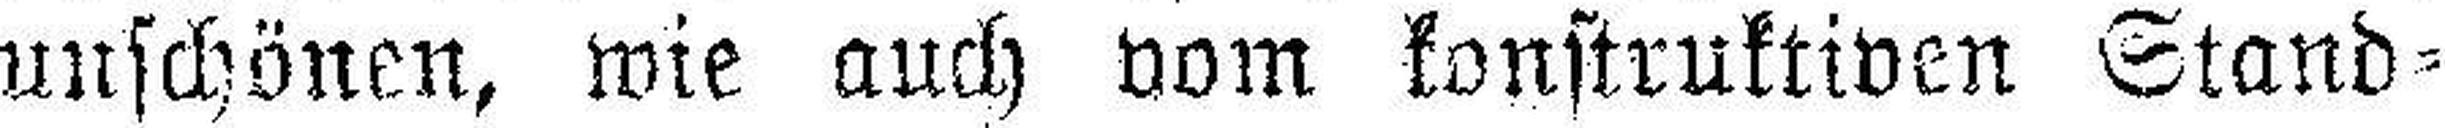
unschönen, wie auch vom konstruktiven Stand¬